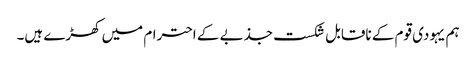
ہم یہودی قوم کے ناقابل شکست جذبے کے احترام میں کھڑے ہیں۔